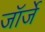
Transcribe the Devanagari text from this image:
जॉर्जे